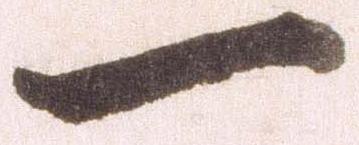
一